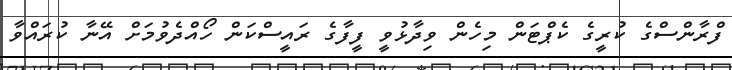
ފްރާންސްގެ ކުރީގެ ކެޕްޓަން މިހެން ވިދާޅުވީ ފީފާގެ ރައީސްކަން ހޯއްދެވުމަށް އޭނާ ކުރައްވާ